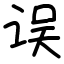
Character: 误